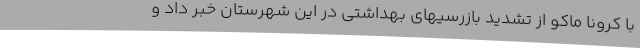
با کرونا ماکو از تشدید بازرسیهای بهداشتی در این شهرستان خبر داد و